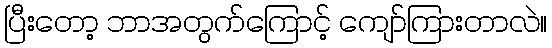
ပြီးတော့ ဘာအတွက်ကြောင့် ကျော်ကြားတာလဲ။